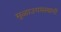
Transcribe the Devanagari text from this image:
मुळाउगमस्थानी